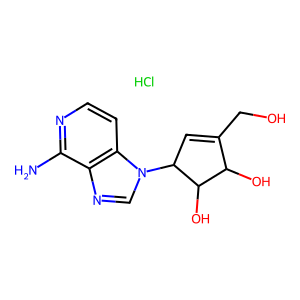
SMILES: Cl.Nc1nccc2c1ncn2C1C=C(CO)C(O)C1O
Inhibits HIV replication: No